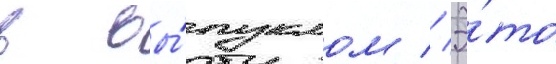
в вы́пуклом // Э́то